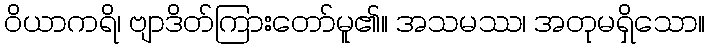
ဝိယာကရိ၊ ဗျာဒိတ်ကြားတော်မူ၏။ အသမဿ၊ အတုမရှိသော။